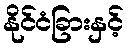
နိုင်ငံခြားနှင့်